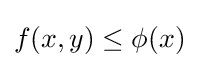
f(x,y)\leq \phi (x)